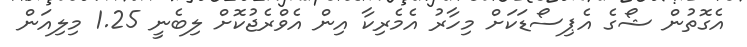
އެގޮތުން ޝޯގެ އެޕިސޯޑަކަށް މިހާރު އެމެެރިކާ އިން އެވްރެޖުކޮށް ލިބެނީ 1.25 މިލިއަން